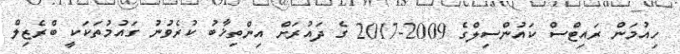
ހިއުމަން ރައިޓްސް ކައުންސިލްގެ 2009-2017 ގެ ދައުރަށް އިންތިޚާބު ކުރެވުނު ގައުމުތަކަކީ ބްރެޒިލް